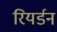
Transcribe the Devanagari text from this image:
रियर्डन